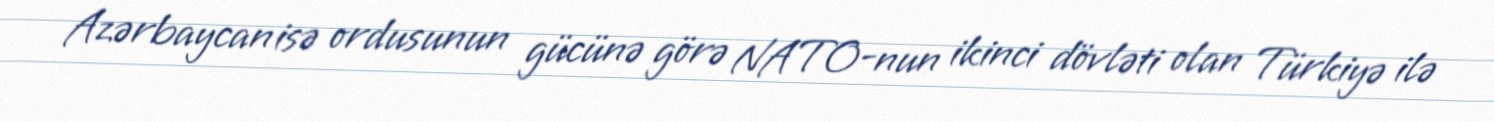
Azərbaycan isə ordusunun gücünə görə NATO-nun ikinci dövləti olan Türkiyə ilə